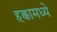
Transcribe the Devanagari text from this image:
हक्कामध्ये